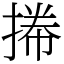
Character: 𢯭